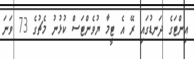
އިންޓަގެ ދަނޑުގައި ރޭ އެ ޓީމާ ޔުވެންޓަސް ކުޅުނު މެޗުގެ 73 ވަނަ